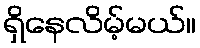
ရှိနေလိမ့်မယ်။